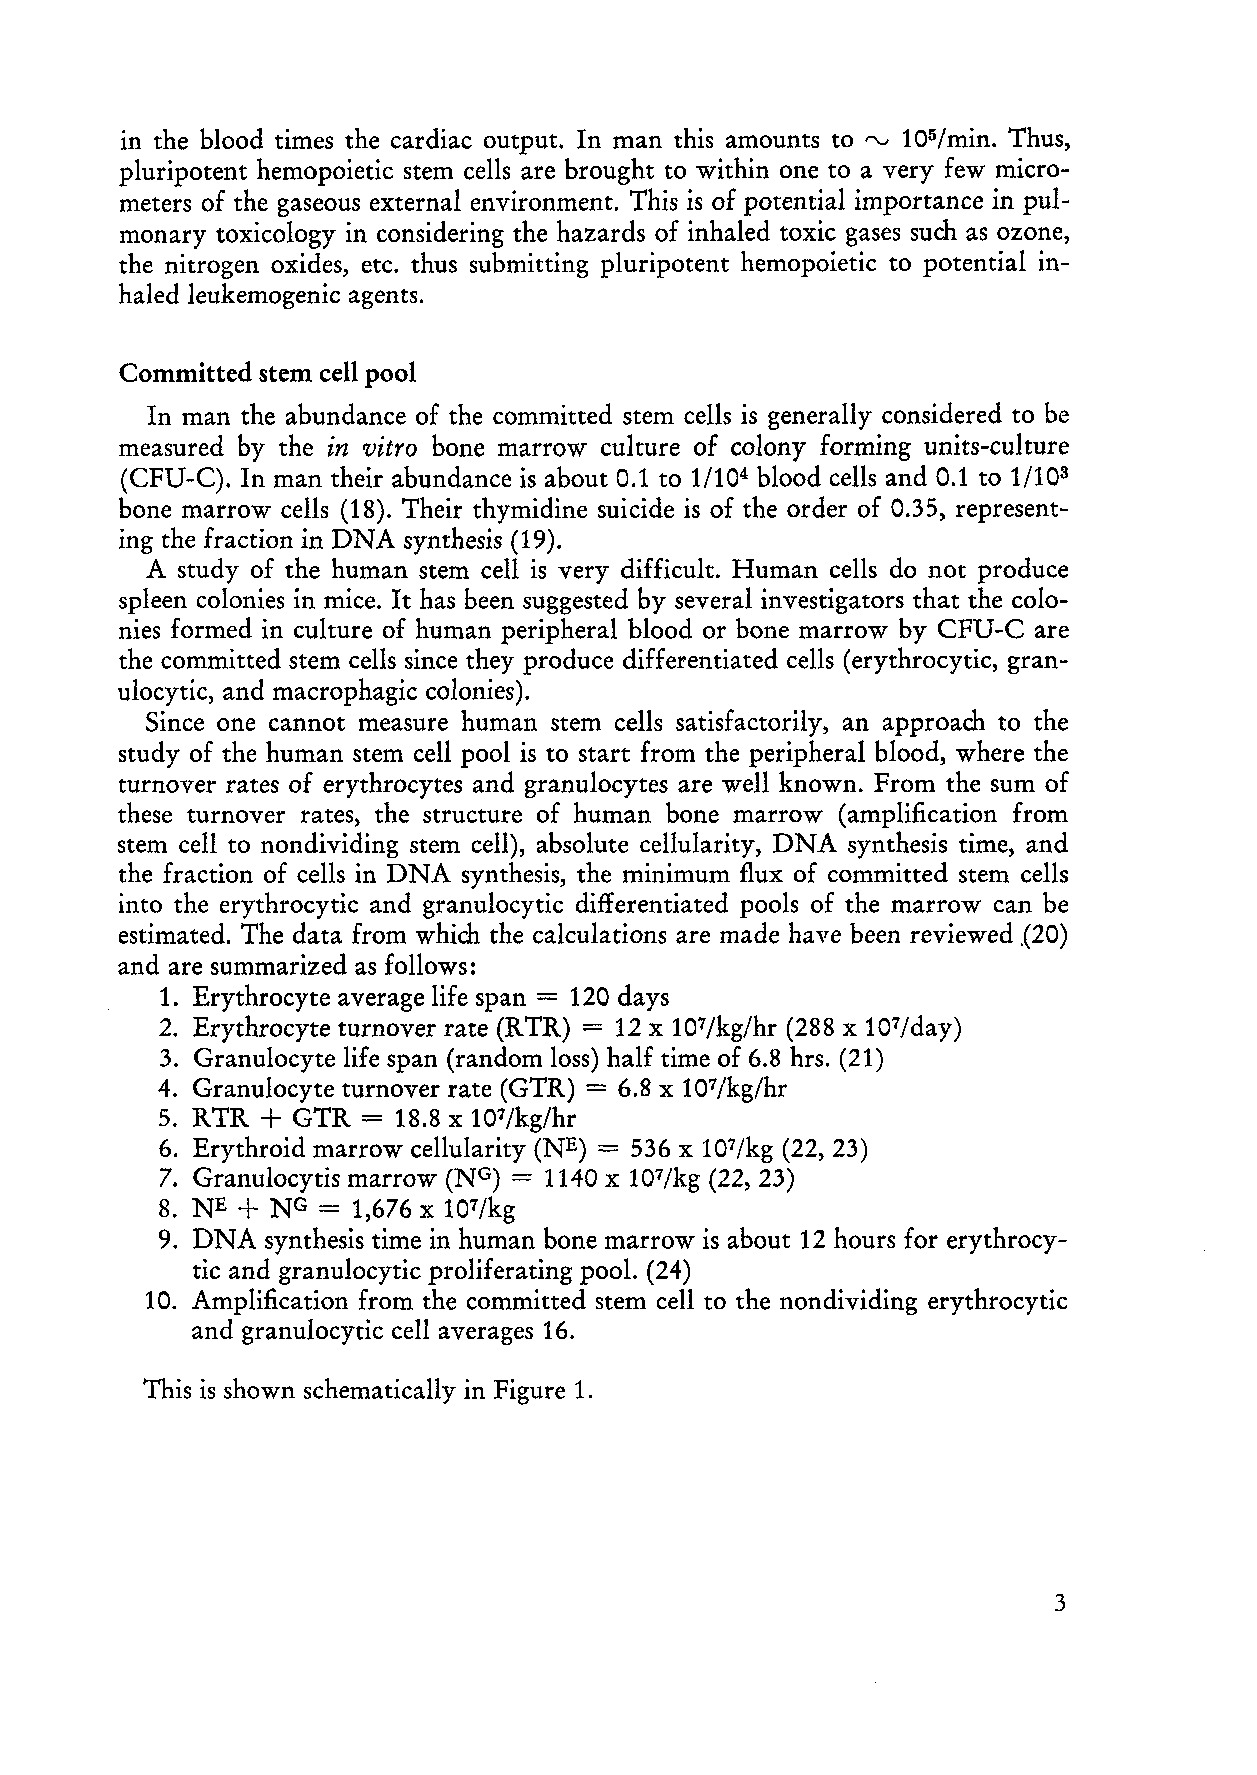
in the blood times the cardiac output. In man this amounts to 105/min. Thus,
 rv
 pluripotent hemopoietic stem cells are brought to within one to a very few micro
 meters of the gaseous extern al environment. This is of potential importance in pul
 monary toxicology in considering the hazards of inhaled toxic gases such as ozone,
 the nitrogen oxides, etc. thus submitting pluripotent hemopoietic to potential in
 haled leukemogenic agents.
 Committed stem cell pool
 In man the abundance of the committed stem cells is generally considered to be
 measured by the in vitro bone marrow culture of colony forming units-culture
 (CFU-C). In man their abundance is about 0.1 to 1/104 blood cells and 0.1 to 1/103
 bone marrow cells (18). Their thymidine suicide is of the order of 0.35, represent
 ing the fraction in DNA synthesis (19).
 A study of the human stem cell is very difficult. Human cells do not produce
 spleen colonies in mice. It has been suggested by several investigators that the colo
 nies formed in culture of human peripheral blood or bone marrow by CFU-C are
 the committed stem cells since they produce differentiated cells (erythrocytic, gran
 ulocytic, and macrophagic colonies).
 Since one cannot measure human stem cells satisfactorily, an approach to the
 study of the human stem cell pool is to start from the peripheral blood, where the
 turnover rates of erythrocytes and granulocytes are weIl known. From the sum of
 these turnover rates, the structure of human bone rnarrow (amplification from
 stem cell to nondividing stern cell), absolute cellularity, DNA synthesis time, and
 the fr action of cells in DNA synthesis, the minimum flux of committed stem cells
 into the erythrocytic and granulocytic differentiated pools of the marrow can be
 estimated. The data from which the calculations are made have been reviewed .(20)
 and are summarized as folIows:
 1. Erythrocyte average life span = 120 days
 2. Erythrocyte turnover rate (RTR) = 12 x 107/kg/hr (288 x 107/day)
 3. Granulocyte life span (random loss) half time of 6.8 hrs. (21)
 4. Granulocyte turnover rate (GTR) = 6.8 x 107/kg/hr
 5. RTR + GTR = 18.8 x 107/kg/hr
 6. Erythroid marrow cellularity (NE) = 536 x 107/kg (22,23)
 7. Granulocytis marrow (NG) = 1140 x 107/kg (22, 23)
 +
 8. NE   NG = 1,676 x 107/kg
 9. DNA synthesis time in human bone marrow is about 12 hours for erythrocy
 tic and granulocytic proliferating pool. (24)
 10. Amplification from the committed stem cell to the nondividing erythrocytic
 and granulocytic cell averages 16.
 This is shown schematically in Figure 1.
 3